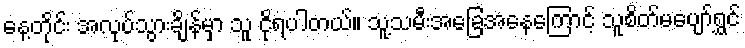
နေ့တိုင်း အလုပ်သွားချိန်မှာ သူ ငိုရပါတယ်။ သူ့သမီးအခြေအနေကြောင့် သူစိတ်မပျော်ရွှင်